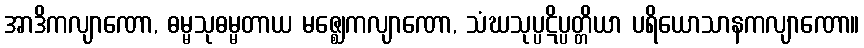
အာဒိကလျာဏော, ဓမ္မသုဓမ္မတာယ မဇ္ဈေကလျာဏော, သံဃသုပ္ပဋိပ္ပတ္တိယာ ပရိယောသာနကလျာဏော။